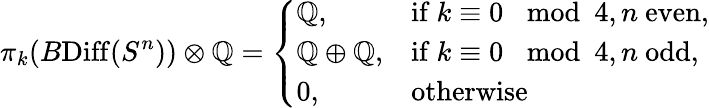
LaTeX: \pi_{k}(B\mathrm{Diff}(S^{n}))\otimes\mathord{\mathbb{Q}}=\left\{ \begin{array}{ll}{\mathord{\mathbb{Q}},}&{\mathrm{if~}k\equiv 0\mod 4,n\mathrm{~even},}\\ {\mathord{\mathbb{Q}}\oplus\mathord{\mathbb{Q}},}&{\mathrm{if~}k\equiv 0\mod 4,n\mathrm{~odd},}\\ {0,}&{\mathrm{otherwise}}\end{array}\right.